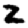
Digit: 2